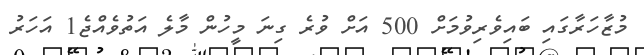
މުޒާހަރާގައި ބައިވެރިވުމަށް 500 އަށް ވުރެ ގިނަ މީހުން މާލެ އަތުވެއްޖެ1 އަހަރު